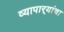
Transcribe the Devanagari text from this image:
व्यापार्‍यांचा